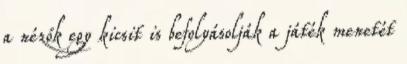
a nézők egy kicsit is befolyásolják a játék menetét